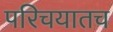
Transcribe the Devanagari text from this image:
परिचयातच